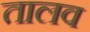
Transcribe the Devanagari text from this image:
तालव